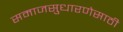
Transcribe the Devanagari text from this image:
समाजसुधारणेसाठी